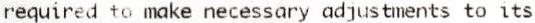
REQUIRED TO MAKE NECESSARY ADJUSTMENTS TO ITS